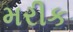
મરીક